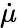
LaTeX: \dot{\mu}